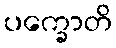
ပက္ခောတိ